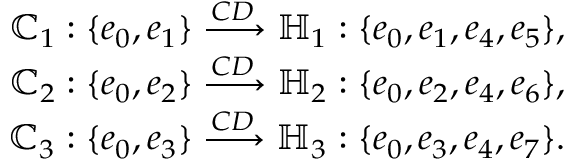
\begin{array} { r } { \mathbb { C } _ { 1 } : \{ e _ { 0 } , e _ { 1 } \} \xrightarrow { C D } \mathbb { H } _ { 1 } : \{ e _ { 0 } , e _ { 1 } , e _ { 4 } , e _ { 5 } \} , } \\ { \mathbb { C } _ { 2 } : \{ e _ { 0 } , e _ { 2 } \} \xrightarrow { C D } \mathbb { H } _ { 2 } : \{ e _ { 0 } , e _ { 2 } , e _ { 4 } , e _ { 6 } \} , } \\ { \mathbb { C } _ { 3 } : \{ e _ { 0 } , e _ { 3 } \} \xrightarrow { C D } \mathbb { H } _ { 3 } : \{ e _ { 0 } , e _ { 3 } , e _ { 4 } , e _ { 7 } \} . } \end{array}